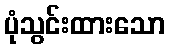
ပုံသွင်းထားသော